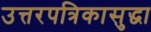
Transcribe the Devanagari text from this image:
उत्तरपत्रिकासुद्धा